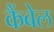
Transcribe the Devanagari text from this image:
कैंबेल